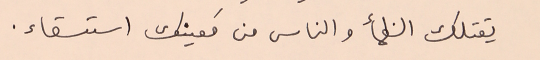
يقتلك الظمأ والناس مع مَعينك استسقاء.